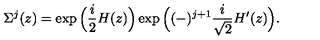
\Sigma ^ { j } ( z ) = \exp \Big ( { \frac { i } { 2 } } H ( z ) \Big ) \exp \Big ( ( - ) ^ { j + 1 } { \frac { i } { \sqrt 2 } } { H ^ { \prime } } ( z ) \Big ) .